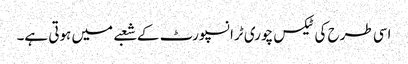
اسی طرح کی ٹیکس چوری ٹرانسپورٹ کے شعبے میں ہوتی ہے۔